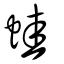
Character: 蛙